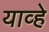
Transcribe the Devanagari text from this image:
याव्‍हे